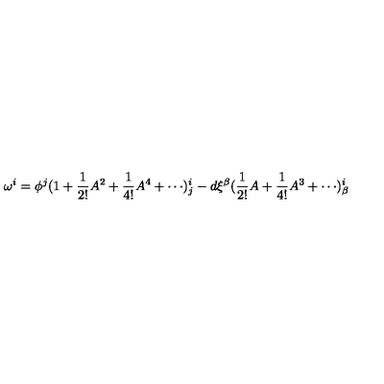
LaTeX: \omega ^ { i } = \phi ^ { j } ( \mathrm { 1 } + \frac { 1 } { 2 ! } A ^ { 2 } + \frac { 1 } { 4 ! } A ^ { 4 } + \cdots ) _ { j } ^ { i } - d \xi ^ { \beta } ( \frac { 1 } { 2 ! } A + \frac { 1 } { 4 ! } A ^ { 3 } + \cdots ) _ { \beta } ^ { i }